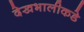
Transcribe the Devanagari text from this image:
देखभालीकडे